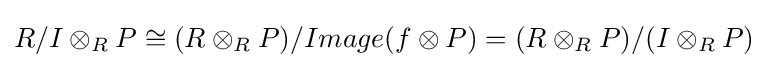
R/I\otimes _{R}P\cong (R\otimes _{R}P)/Image(f\otimes P)=(R\otimes _{R}P)/(I\otimes _{R}P)